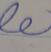
Signature authenticity: forged